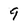
Character: 9